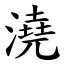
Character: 澆